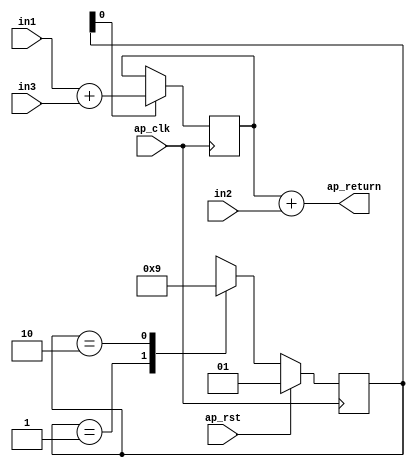
module adders (
        ap_clk,
        ap_rst,
        in1,
        in2,
        in3,
        ap_return
);

parameter    ap_ST_fsm_state1 = 2'd1;
parameter    ap_ST_fsm_state2 = 2'd2;

input   ap_clk;
input   ap_rst;
input  [31:0] in1;
input  [31:0] in2;
input  [31:0] in3;
output  [31:0] ap_return;

wire   [31:0] tmp1_fu_42_p2;
reg   [31:0] tmp1_reg_53;
(* fsm_encoding = "none" *) reg   [1:0] ap_CS_fsm;
wire    ap_CS_fsm_state1;
wire    ap_CS_fsm_state2;
reg   [1:0] ap_NS_fsm;

// power-on initialization
initial begin
#0 ap_CS_fsm = 2'd1;
end

always @ (posedge ap_clk) begin
    if (ap_rst == 1'b1) begin
        ap_CS_fsm <= ap_ST_fsm_state1;
    end else begin
        ap_CS_fsm <= ap_NS_fsm;
    end
end

always @ (posedge ap_clk) begin
    if ((1'b1 == ap_CS_fsm_state1)) begin
        tmp1_reg_53 <= tmp1_fu_42_p2;
    end
end

always @ (*) begin
    case (ap_CS_fsm)
        ap_ST_fsm_state1 : begin
            ap_NS_fsm = ap_ST_fsm_state2;
        end
        ap_ST_fsm_state2 : begin
            ap_NS_fsm = ap_ST_fsm_state1;
        end
        default : begin
            ap_NS_fsm = 'bx;
        end
    endcase
end

assign ap_CS_fsm_state1 = ap_CS_fsm[32'd0];

assign ap_CS_fsm_state2 = ap_CS_fsm[32'd1];

assign ap_return = (tmp1_reg_53 + in2);

assign tmp1_fu_42_p2 = (in1 + in3);

endmodule